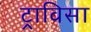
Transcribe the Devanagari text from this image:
ट्राविसा